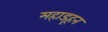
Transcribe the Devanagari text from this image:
महाडहून